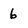
Character: 6